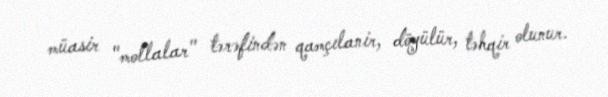
müasir "mollalar" tərəfindən qamçılanir, döyülür, təhqir olunur.